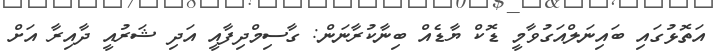
އަތޮޅުގައި ބައިނަލްއަގުވާމީ ޑޮކް ޔާޑެއް ބިނާކުރާނަން: ގާސިމްދިފާއީ އަދި ޝަރުއީ ދާއިރާ އަށް